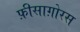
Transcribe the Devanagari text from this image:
फ़ीसाग़ोरस